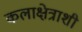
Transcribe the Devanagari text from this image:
कलाक्षेत्राशी